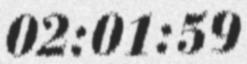
02:01:59